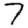
Digit: 7